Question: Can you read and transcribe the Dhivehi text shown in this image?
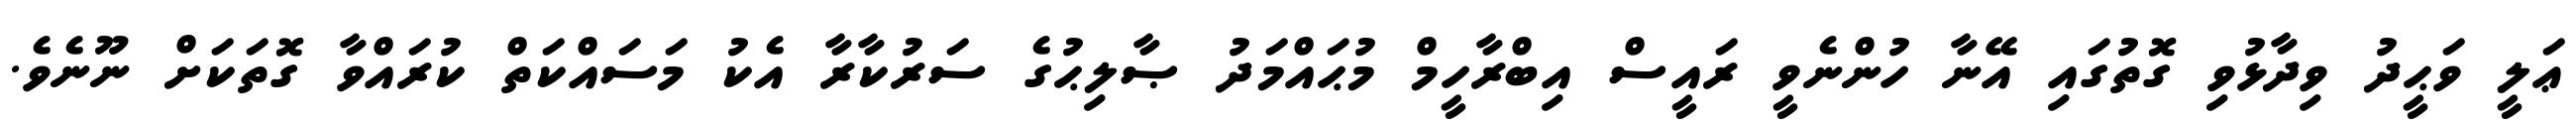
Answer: ޢަލީ ވަޙީދު ވިދާޅުވި ގޮތުގައި އޭނާ ހުންނެވީ ރައީސް އިބްރާހީމް މުޙައްމަދު ޞާލިޙުގެ ސަރުކާރާ އެކު މަސައްކަތް ކުރައްވާ ގޮތަކަށް ނޫނެވެ.